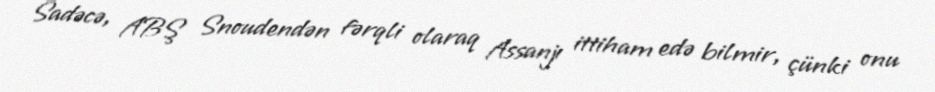
Sadəcə, ABŞ Snoudendən fərqli olaraq Assanjı ittiham edə bilmir, çünki onu